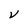
Character: V